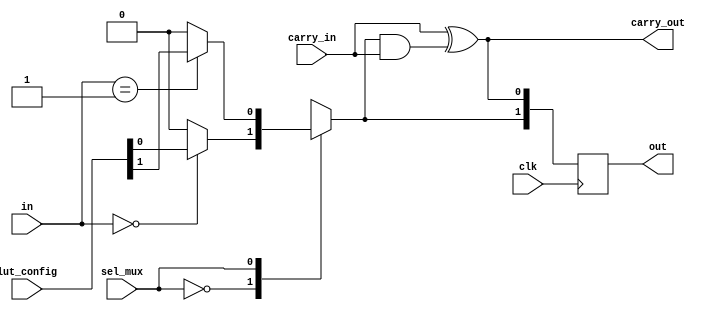
module CLB (
    input wire [N-1:0] in,          // Input signals
    input wire [M-1:0] sel_mux,     // MUX selection signals
    input wire carry_in,             // Carry input for arithmetic operations
    input wire clk,                  // Clock signal for FFs
    input wire [LUT_SIZE-1:0] lut_config,  // LUT configuration input
    output wire [O-1:0] out,         // Output signals
    output wire carry_out            // Carry output for arithmetic operations
);
    // Parameter definitions
    parameter N = 4;                 // Number of input pins
    parameter M = 1;                 // Number of mux selection signals
    parameter O = 2;                 // Number of output pins
    parameter LUT_SIZE = 16;         // Size of the Look-Up Table (2^N, for N inputs)
    
    // Internal signals
    wire [LUT_SIZE-1:0] lut_out;     // Output from LUT
    wire mux_out;                    // Output from MUX
    reg [O-1:0] out_reg;             // Register to hold output
    reg carry_reg;                   // Register for carry output

    // Lookup Table (LUT) implementation
    generate
        genvar i;
        for (i = 0; i < LUT_SIZE; i=i+1) begin : LUT
            assign lut_out[i] = (in == i) ? lut_config[i] : 1'b0;
        end
    endgenerate

    // MUX implementation
    always @(*) begin
        case (sel_mux)
            0: mux_out = lut_out[0];
            1: mux_out = lut_out[1]; // Extend as needed for larger M
            default: mux_out = 1'b0;   // Default case
        endcase
    end

    // Carry Logic (simple example: XOR for carry propagation)
    assign carry_out = carry_in ^ (mux_out & carry_in);

    // Flip-Flop to hold output and carry
    always @(posedge clk) begin
        out_reg <= {mux_out, carry_out};  // Registered output
        carry_reg <= carry_out;           // Registered carry output
    end

    // Assign final output
    assign out = out_reg;

endmodule